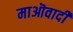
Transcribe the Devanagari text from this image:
माऒवादी